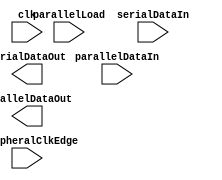
//------------------------------------------------------------------------
// Shift Register
//   Parameterized width (in bits)
//   Shift register can operate in two modes:
//      - serial in, parallel out
//      - parallel in, serial out
//------------------------------------------------------------------------

module shiftregister
#(parameter width = 8)
(
input               clk,                // FPGA Clock
input               peripheralClkEdge,  // Edge indicator
input               parallelLoad,       // 1 = Load shift reg with parallelDataIn
input  [width-1:0]  parallelDataIn,     // Load shift reg in parallel
input               serialDataIn,       // Load shift reg serially
output [width-1:0]  parallelDataOut,    // Shift reg data contents
output              serialDataOut       // Positive edge synchronized
);

    reg [width-1:0]      shiftregistermem;
    always @(posedge clk) begin
        // Your Code Here
    end
endmodule